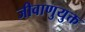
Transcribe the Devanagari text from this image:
जीवाणुयुक्त